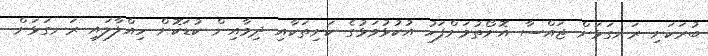
ބުރަކަށި ރަނގަޅަށް ޖައްސާ އޮށޯތުމަށްފަހު އުކުޅުވަޅުގެ ކަށިތަކާއި ދިމާއިން ކުޑަކޮށް ހިއްލާލައި ރަނގަޅަށް